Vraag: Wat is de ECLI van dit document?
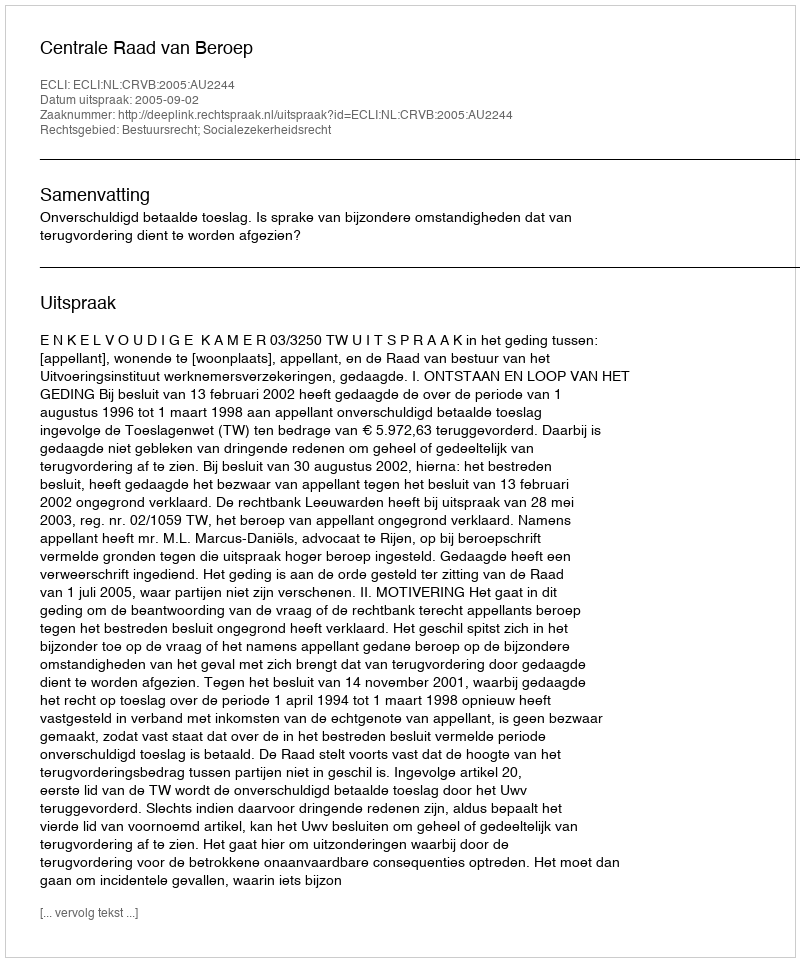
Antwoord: ECLI:NL:CRVB:2005:AU2244